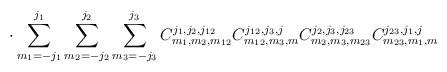
LaTeX: \begin{align*}\cdot\sum_{m_{1}=-j_{1}}^{j_{1}}\sum_{m_{2}=-j_{2}}^{j_{2}}\sum_{m_{3}=-j_{3}}^{j_{3}}C_{m_{1},m_{2},m_{12}}^{j_{1},j_{2},j_{12}}C_{m_{12},m_{3},m}^{j_{12},j_{3},j}C_{m_{2},m_{3},m_{23}}^{j_{2},j_{3},j_{23}}C_{m_{23},m_{1},m}^{j_{23},j_{1},j}\end{align*}